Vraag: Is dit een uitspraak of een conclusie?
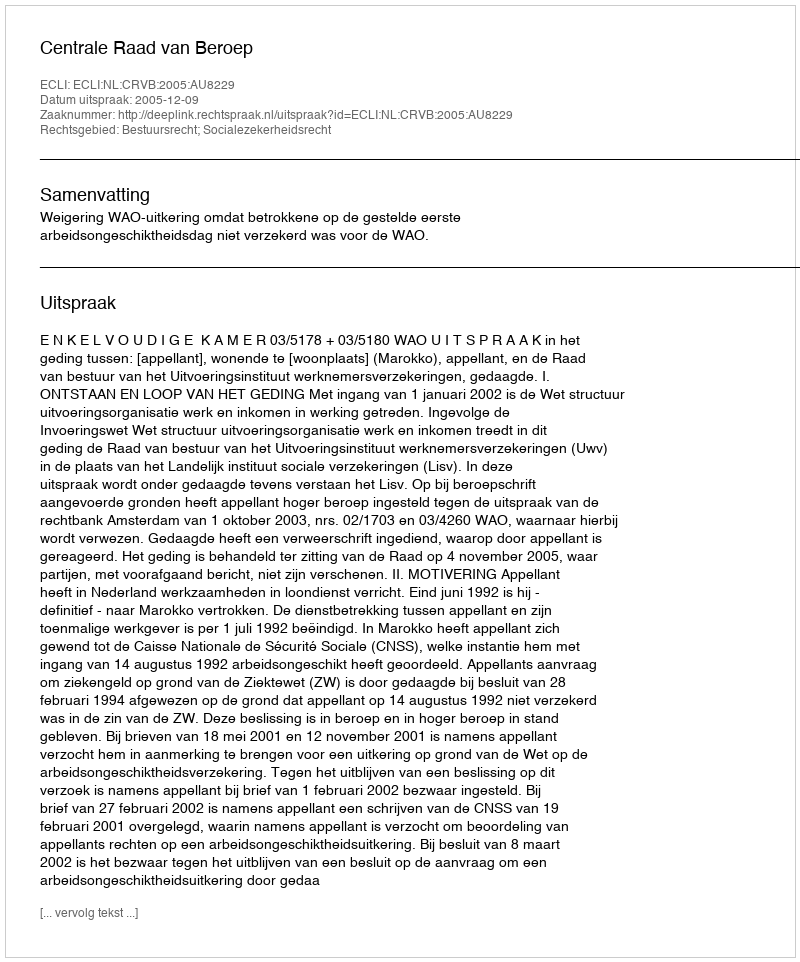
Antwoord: Uitspraak